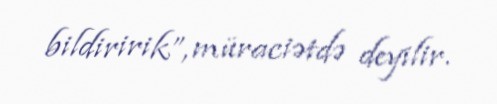
bildiririk”, müraciətdə deyilir.